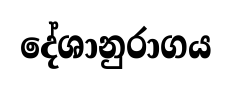
දේශානුරාගය